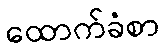
ထောက်ခံစာ